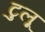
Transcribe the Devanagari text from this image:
टुलू